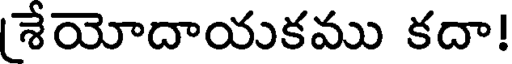
శేయోదాయకము కదా!